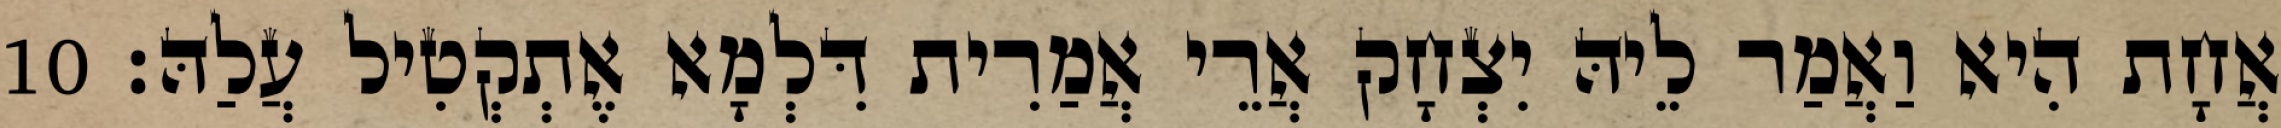
אֲחָת הִיא וַאֲמַר לֵיהּ יִצְחָק אֲרֵי אֲמַרִית דִּלְמָא אֶתְקְטִיל עֲלַהּ׃ 10